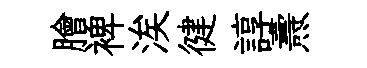
膾裨涘徤諄燾